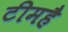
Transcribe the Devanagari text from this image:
टीमहै